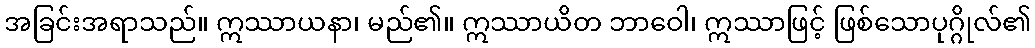
အခြင်းအရာသည်။ ဣဿာယနာ၊ မည်၏။ ဣဿာယိတ ဘာဝေါ၊ ဣဿာဖြင့် ဖြစ်သောပုဂ္ဂိုလ်၏